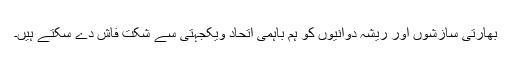
بھارتی سازشوں اور ریشہ دوانیوں کو ہم باہمی اتحاد ویکجہتی سے شکت فاش دے سکتے ہیں۔